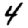
Digit: 4